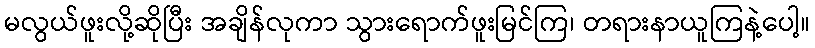
မလွယ်ဖူးလို့ဆိုပြီး အချိန်လုကာ သွားရောက်ဖူးမြင်ကြ၊ တရားနာယူကြနဲ့ပေါ့။